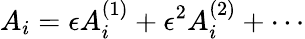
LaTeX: A_{i}=\epsilon A_{i}^{(1)}+\epsilon^{2}A_{i}^{(2)}+\cdots